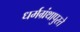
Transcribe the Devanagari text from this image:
धर्मग्रंथापुरते